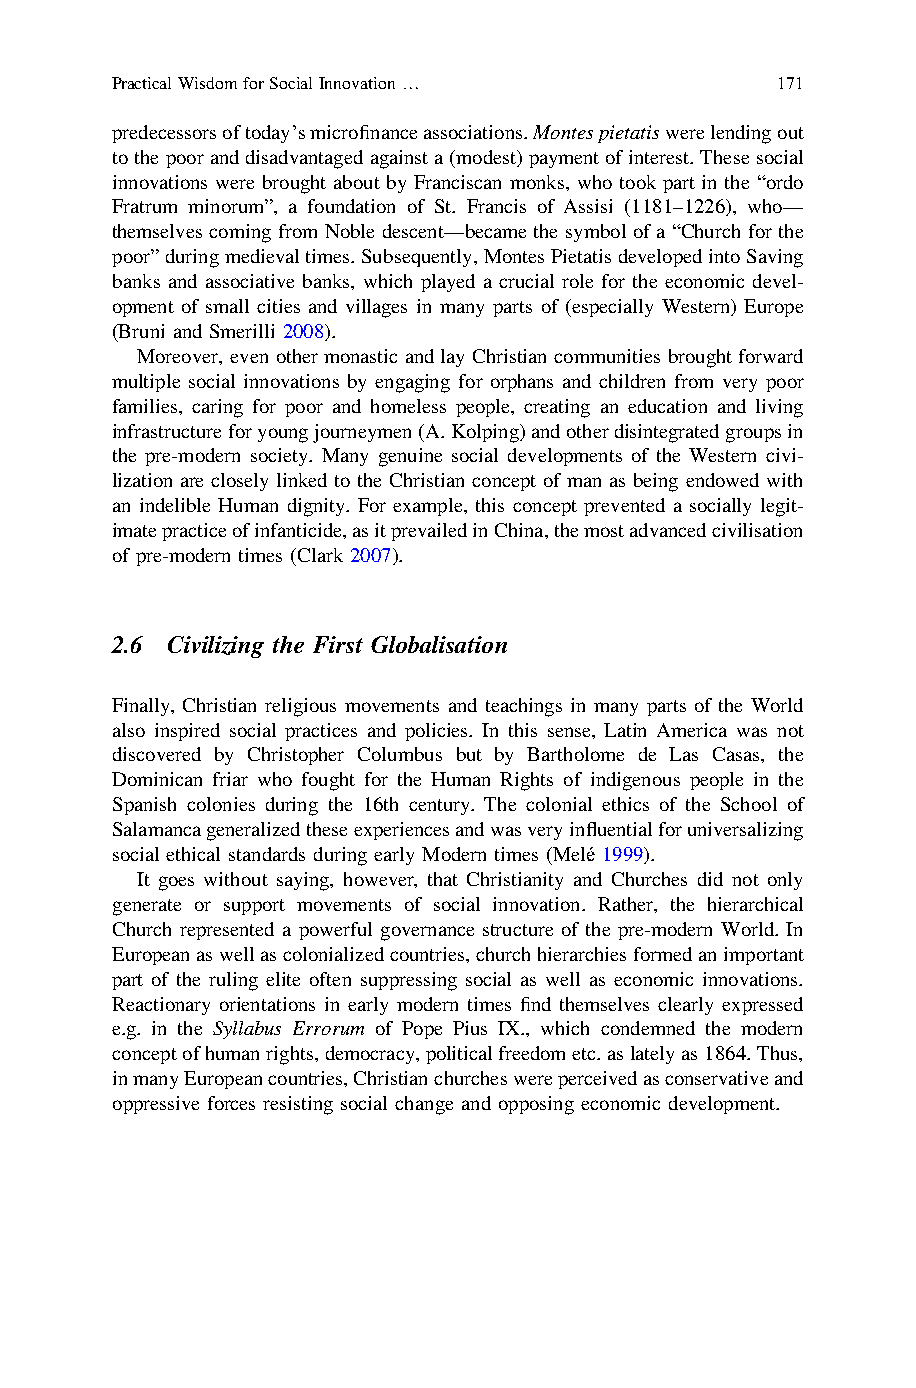
PracticalWisdomforSocialInnovation…         171
 predecessorsoftoday’smicrofinanceassociations.Montespietatiswerelendingout
 tothepooranddisadvantagedagainsta(modest)paymentofinterest. Thesesocial
 innovations were brought about by Franciscan monks, who took part in the “ordo
 Fratrum minorum”, a foundation of St. Francis of Assisi (1181–1226), who—
 themselves coming from Noble descent—became the symbol of a “Church for the
 poor”duringmedievaltimes.Subsequently,MontesPietatisdevelopedintoSaving
 banks and associative banks, which played a crucial role for the economic devel-
 opment of small cities and villages in many parts of (especially Western) Europe
 (Bruni and Smerilli 2008).
 Moreover, even other monastic and lay Christian communities brought forward
 multiple social innovations by engaging for orphans and children from very poor
 families, caring for poor and homeless people, creating an education and living
 infrastructureforyoungjourneymen(A.Kolping)andotherdisintegratedgroupsin
 the pre-modern society. Many genuine social developments of the Western civi-
 lization are closely linked to the Christian concept of man as being endowed with
 an indelible Human dignity. For example, this concept prevented a socially legit-
 imatepracticeofinfanticide,asitprevailedinChina,themostadvancedcivilisation
 of pre-modern times (Clark 2007).
 2.6 Civilizing the First Globalisation
 Finally, Christian religious movements and teachings in many parts of the World
 also inspired social practices and policies. In this sense, Latin America was not
 discovered by Christopher Columbus but by Bartholome de Las Casas, the
 Dominican friar who fought for the Human Rights of indigenous people in the
 Spanish colonies during the 16th century. The colonial ethics of the School of
 Salamancageneralizedtheseexperiencesandwasveryinfluentialforuniversalizing
 social ethical standards during early Modern times (Melé 1999).
 It goes without saying, however, that Christianity and Churches did not only
 generate or support movements of social innovation. Rather, the hierarchical
 Church represented a powerful governance structure of the pre-modern World. In
 Europeanaswellascolonializedcountries,churchhierarchiesformedanimportant
 part of the ruling elite often suppressing social as well as economic innovations.
 Reactionary orientations in early modern times find themselves clearly expressed
 e.g. in the Syllabus Errorum of Pope Pius IX., which condemned the modern
 conceptofhumanrights,democracy,politicalfreedometc.aslatelyas1864.Thus,
 inmanyEuropeancountries,Christianchurcheswereperceivedasconservativeand
 oppressive forces resisting social change and opposing economic development.